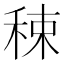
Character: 𥟈